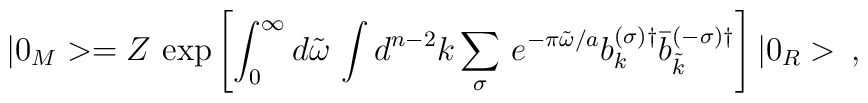
|0_M>=Z\,\exp\left[{\int_{0}^{\infty} d\tilde{\omega}\,\int d^{n-2}k\sum_{\sigma}\,e^{-\pi\tilde{\omega}/a}b_{k}^{(\sigma)\dagger}\bar{b}_{\tilde{k}}^{(-\sigma)\dagger}}\right]|0_R>\,{,}